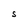
Character: S